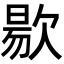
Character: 𭭐